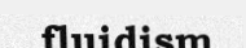
fluidism